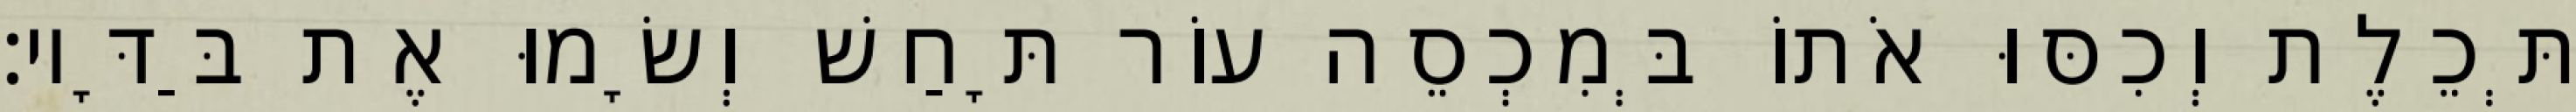
תְּכֵלֶת וְכִסּוּ אֹתוֹ בְּמִכְסֵה עוֹר תָּחַשׁ וְשָׂמוּ אֶת בַּדָּיו׃